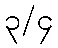
၃/၄